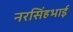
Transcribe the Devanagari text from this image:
नरसिंहभाई